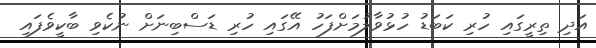
އަދި ތިރީގައި ހުރި ކަބަޑު ހުޅުވާލުމަށްފަހު އޭގައި ހުރި ޑަސްބިނަށް ނުކެވި ބާކީވެފައި